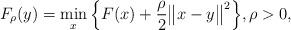
LaTeX: \begin{align*}F_\rho(y) = \min_x \Big\{ F(x) + \frac{\rho}{2}\big\|x-y\big\|^2 \Big\},\rho>0,\end{align*}